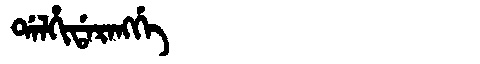
Manchu: ᡩᠠᠯᡥᡳᡩᠠᡵᠠᠩᡤᡝ
Romanization: DALHIDARANGGE